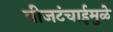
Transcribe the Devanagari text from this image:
वीजटंचाईमुळे